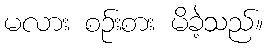
မလား စဉ်းစား မိခဲ့သည်။